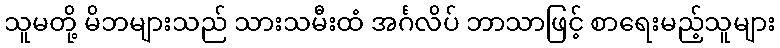
သူမတို့ မိဘများသည် သားသမီးထံ အင်္ဂလိပ် ဘာသာဖြင့် စာရေးမည့်သူများ